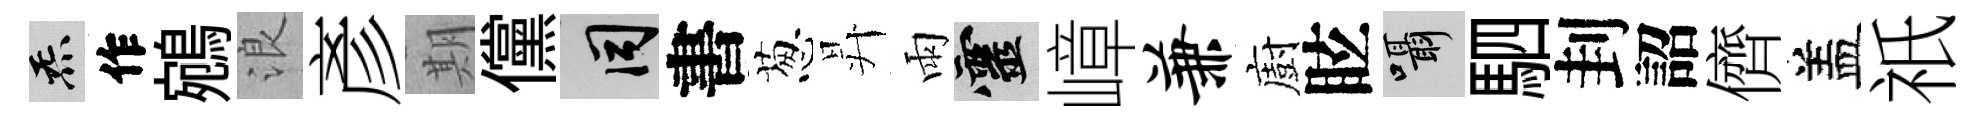
炁作鵷浪彥期儻间書葱昇雨靈嶂兼廚眩囁駟刲詔儕盖祇